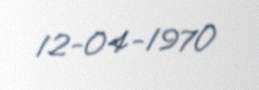
12-04-1970